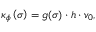
\kappa _ { \phi } \left( \sigma \right) = g ( \sigma ) \cdot h \cdot v _ { 0 } ,